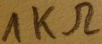
Text: 1KΩ